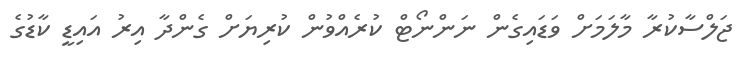
ޖަލްސާކުރާ މާލަމަށް ވަޑައިގެން ނަންނޯޓް ކުރެއްވުން ކުރިޔަށް ގެންދާ އިރު އައިޑީ ކާޑުގެ